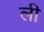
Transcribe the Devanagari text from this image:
ली